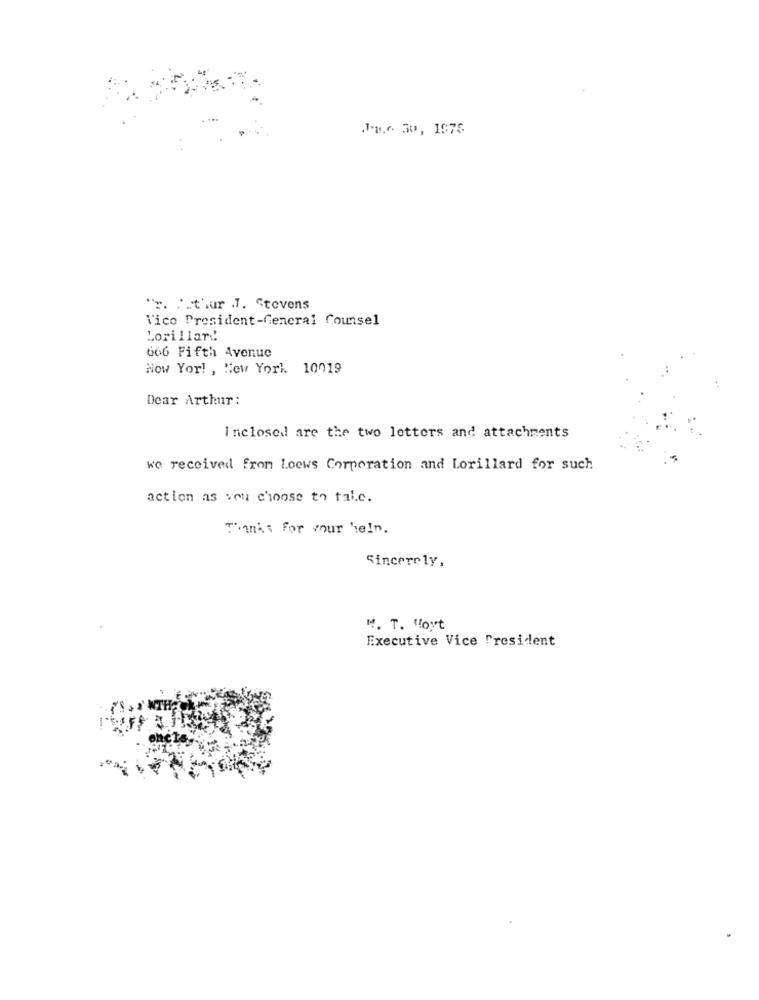
Ju.r. 50, 1978
"r. Pthur J. Stevens
Vice President-General Counsel
Lorillard
666 Fifth Avenue
Now Yor! , New York. 10019
Dear Arthur:
I'nclosed are the two letters and attachments
we received from Loews Corporation and Lorillard for such
action as ven choose to take.
Thanks for your help.
Sincerely,
H. T. Hoyt
Executive Vice President